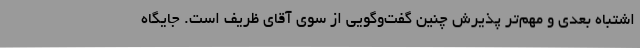
اشتباه بعدی و مهم‌تر پذیرش چنین گفت‌وگویی از سوی آقای ظریف است. جایگاه